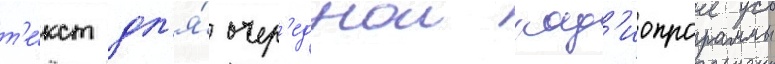
т'е́кст дл'я́ очер'еднои рад'иопрограммы